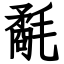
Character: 氄